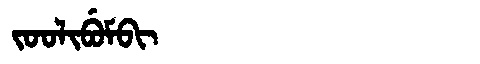
Manchu: ᠵᠣᠣᠯᡳᠪᡠᠮᠪᡳ
Romanization: JOOLIBUMBI